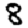
Digit: 8